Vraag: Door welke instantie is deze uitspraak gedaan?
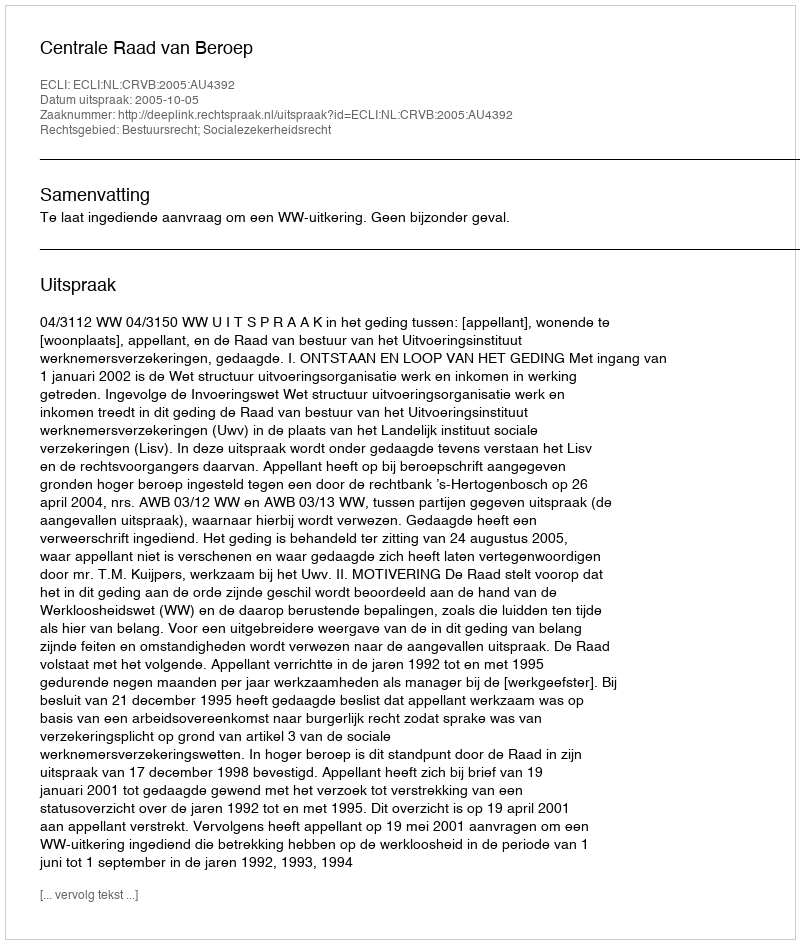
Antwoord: Centrale Raad van Beroep